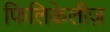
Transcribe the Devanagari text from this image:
फिलिकेलीज़